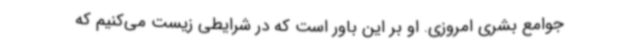
جوامع بشری امروزی. او بر این باور است که در شرایطی زیست می‌کنیم که